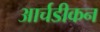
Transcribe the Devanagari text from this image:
आर्चडीकन